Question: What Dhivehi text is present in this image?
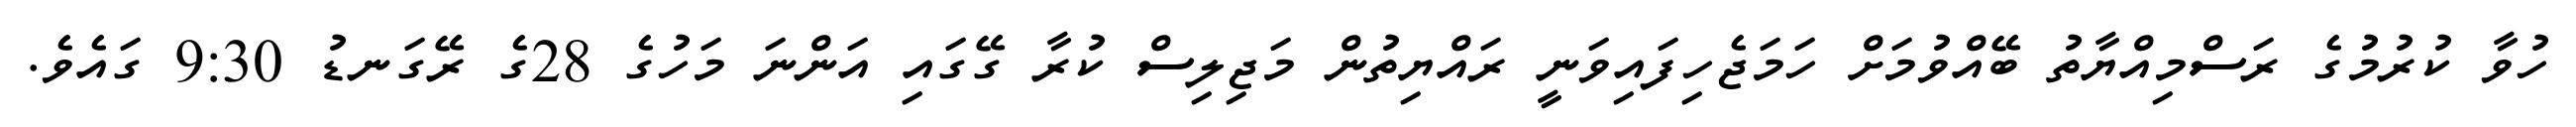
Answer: ހުވާ ކުރުމުގެ ރަސްމިއްޔާތު ބޭއްވުމަށް ހަމަޖެހިފައިވަނީ ރައްޔިތުން މަޖިލިސް ކުރާ ގޭގައި އަންނަ މަހުގެ 28ގެ ރޭގަނޑު 9:30 ގައެވެ.